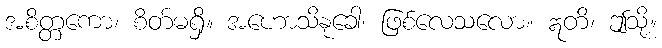
အစိတ္တကော၊ စိတ်မရှိ။ အဟောသိနုခေါ၊ ဖြစ်လေသလော။ ဣတိ၊ ဤသို့။